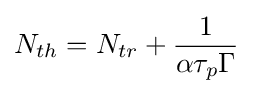
N_{th}=N_{tr}+{\frac {1}{\alpha \tau _{p}\Gamma }}